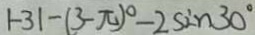
\vert - 3 \vert - ( 3 - \pi ) ^ { \circ } - 2 \sin 3 0 ^ { \circ }